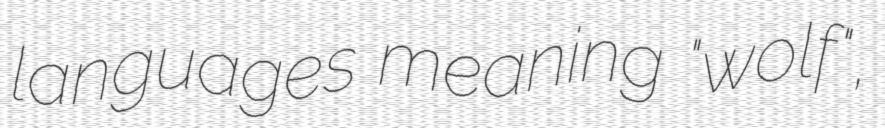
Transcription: languages meaning "wolf",